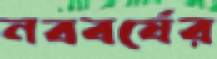
নববর্ষের